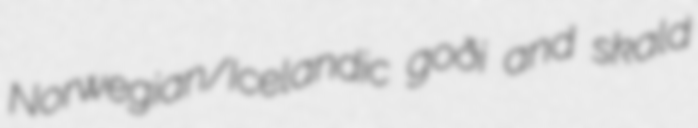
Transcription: Norwegian/Icelandic goði and skald